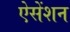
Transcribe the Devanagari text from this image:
ऐसेंशन